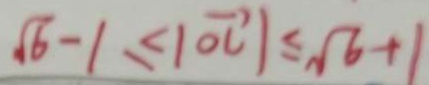
\sqrt { 6 } - 1 \leq \vert \overrightarrow { o c } \vert \leq \sqrt { 6 } + 1